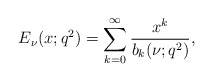
\begin{align*}E_\nu(x;q^2)=\sum_{k=0}^\infty \frac{x^{k}}{b_k(\nu;q^2)},\end{align*}